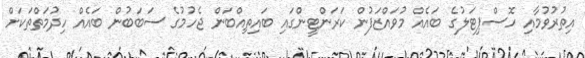
އިތުރުވުމާއި ހޮސްޕިޓަލުގެ ބައެއް މުވައްޒަފުން ކަރަންޓީންގައި ބައިތިއްބަން ޖެހުމުގެ ސަބަބުން ބައެއް ހިދުމަތްތަކަށް